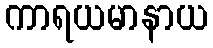
ကာရယမာနာယ